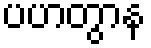
ပဟတွာန